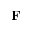
\mathbf { F }